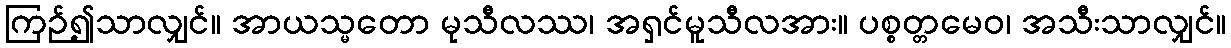
ကြဉ်၍သာလျှင်။ အာယသ္မတော မုသီလဿ၊ အရှင်မူသီလအား။ ပစ္စတ္တမေဝ၊ အသီးသာလျှင်။